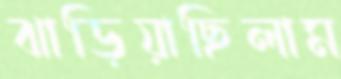
ঝাড়িয়াছিলাম